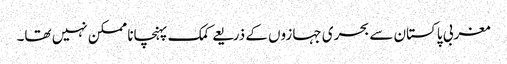
مغربی پاکستان سے بحری جہازوں کے ذریعے کمک پہنچانا ممکن نہیں تھا۔